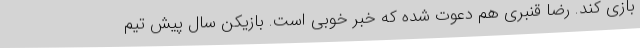
بازی کند. رضا قنبری هم دعوت شده که خبر خوبی است. بازیکن سال پیش تیم